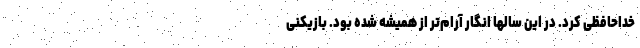
خداحافظی کرد. در این سالها انگار آرام‌تر از همیشه شده بود. بازیکنی